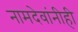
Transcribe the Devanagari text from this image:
नामदेवांनीही